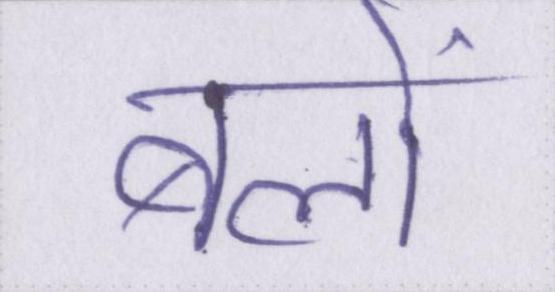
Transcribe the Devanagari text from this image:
बलों